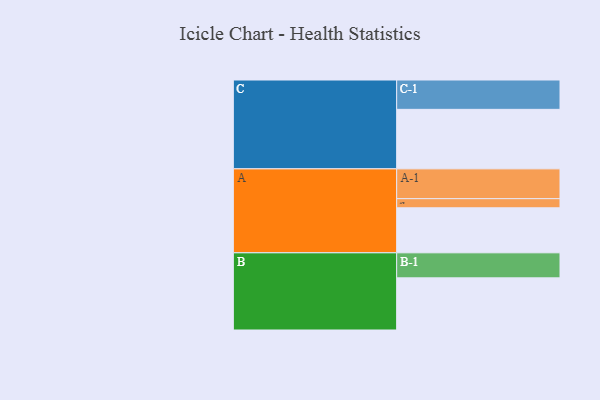
{"axis": {"x": "Segment", "y": "Value"}, "legend": ["", "A", "B", "C"], "data": [{"x": "A", "y": 385, "type": ""}, {"x": "B", "y": 446, "type": ""}, {"x": "C", "y": 509, "type": ""}, {"x": "A-1", "y": 255, "type": "A"}, {"x": "A-2", "y": 78, "type": "A"}, {"x": "B-1", "y": 214, "type": "B"}, {"x": "C-1", "y": 251, "type": "C"}]}